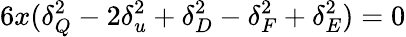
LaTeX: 6x(\delta_{Q}^{2}-2\delta_{u}^{2}+\delta_{D}^{2}-\delta_{F}^{2}+\delta_{E}^{2})=0